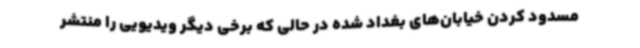
مسدود کردن خیابان‌های بغداد شده در حالی که برخی دیگر ویدیویی را منتشر